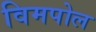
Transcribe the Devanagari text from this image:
विमपोल